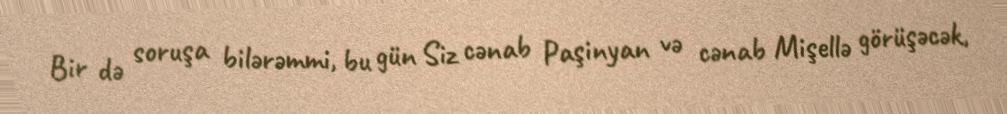
Bir də soruşa bilərəmmi, bu gün Siz cənab Paşinyan və cənab Mişellə görüşəcək,